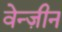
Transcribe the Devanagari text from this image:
वेन्ज़ीन